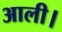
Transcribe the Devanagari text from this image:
आली।